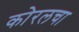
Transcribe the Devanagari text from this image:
कोरलचा